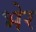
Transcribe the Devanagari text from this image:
भेर